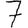
Digit: 7